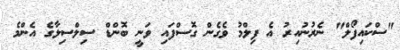
"ސްކައިފޯލް" ނެރުނުއިރު އެ ފިލްމު ވެގެން ގޮސްފައި ވަނީ ބޮންޑް ސިލްސިލާގެ އެންމެ